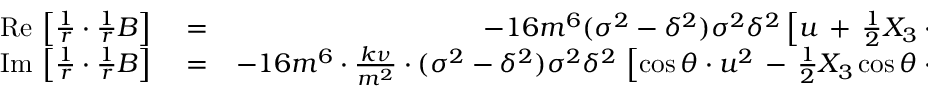
\begin{array} { r l r } { \mathrm { R e } \, \left[ \frac { 1 } { r } \cdot \frac { 1 } { r } B \right] } & { { } = } & { - 1 6 m ^ { 6 } ( \sigma ^ { 2 } - \delta ^ { 2 } ) \sigma ^ { 2 } \delta ^ { 2 } \left[ u \, + \, \frac { 1 } { 2 } X _ { 3 } \cdot u ^ { 3 } \, + \, { \cal O } ( u ^ { 5 } ) \right] , } \\ { \mathrm { I m } \, \left[ \frac { 1 } { r } \cdot \frac { 1 } { r } B \right] } & { { } = } & { - 1 6 m ^ { 6 } \cdot \frac { k \nu } { m ^ { 2 } } \cdot ( \sigma ^ { 2 } - \delta ^ { 2 } ) \sigma ^ { 2 } \delta ^ { 2 } \, \left[ \cos \theta \cdot u ^ { 2 } \, - \, \frac { 1 } { 2 } X _ { 3 } \cos \theta \cdot u ^ { 4 } \, + \, { \cal O } ( u ^ { 6 } ) \right] , } \end{array}